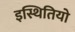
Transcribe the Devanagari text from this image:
इस्थितियो